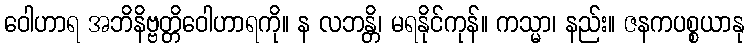
ဝေါဟာရ အဘိနိဗ္ဗတ္တိဝေါဟာရကို။ န လဘန္တိ၊ မရနိုင်ကုန်။ ကသ္မာ၊ နည်း။ ဇနကပစ္စယာနု